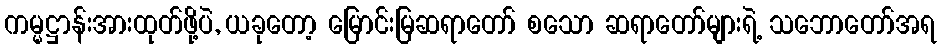
ကမ္မဋ္ဌာန်းအားထုတ်ဖို့ပဲ, ယခုတော့ မြောင်းမြဆရာတော် စသော ဆရာတော်များရဲ့ သဘောတော်အရ